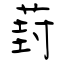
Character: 葑